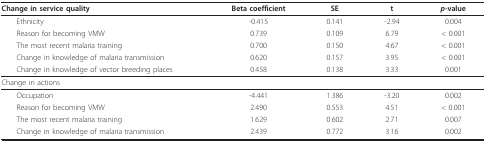
| Change in service quality | Beta coefficient | SE | t | p-value |
 | --- | --- | --- | --- | --- |
 | Ethnicity | -0.415 | 0.141 | -2.94 | 0.004 |
 | Reason for becoming VMW | 0.739 | 0.109 | 6.79 | < 0.001 |
 | The most recent malaria training | 0.700 | 0.150 | 4.67 | < 0.001 |
 | Change in knowledge of malaria transmission | 0.620 | 0.157 | 3.95 | < 0.001 |
 | Change in knowledge of vector breeding places | 0.458 | 0.138 | 3.33 | 0.001 |
 | Change in actions |  |  |  |  |
 | Occupation | -4.441 | 1.386 | -3.20 | 0.002 |
 | Reason for becoming VMW | 2.490 | 0.553 | 4.51 | < 0.001 |
 | The most recent malaria training | 1.629 | 0.602 | 2.71 | 0.007 |
 | Change in knowledge of malaria transmission | 2.439 | 0.772 | 3.16 | 0.002 |